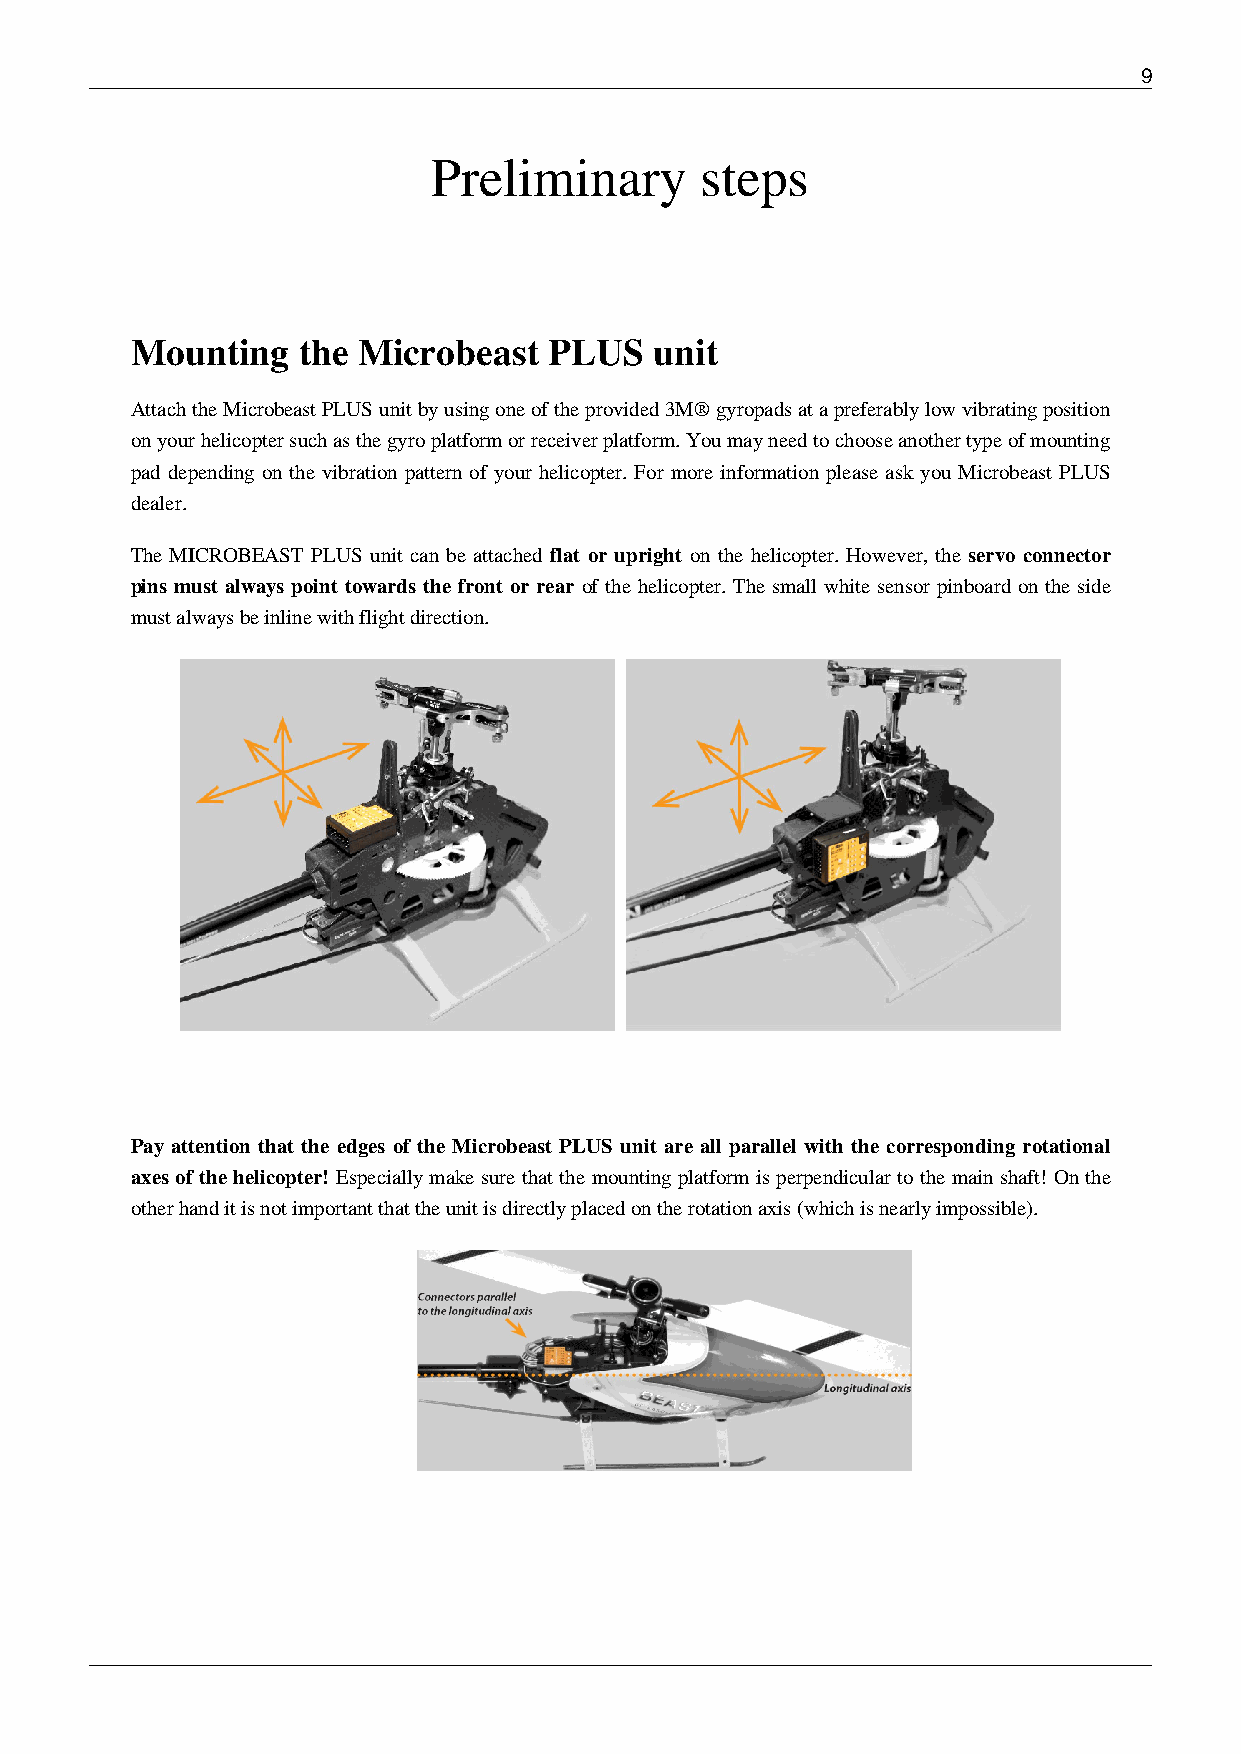
9
 Preliminary      steps
 Mounting   the Microbeast  PLUS   unit
 Attach the Microbeast PLUS unit by using one of the provided 3M® gyropads at a preferably low vibrating position
 on your helicopter such as the gyro platform or receiver platform. You may need to choose another type of mounting
 pad depending on the vibration pattern of your helicopter. For more information please ask you Microbeast PLUS
 dealer.
 The MICROBEAST PLUS unit can be attached flat or upright on the helicopter. However, the servo connector
 pins must always point towards the front or rear of the helicopter. The small white sensor pinboard on the side
 must always be inline with flight direction.
 Pay attention that the edges of the Microbeast PLUS unit are all parallel with the corresponding rotational
 axes of the helicopter! Especially make sure that the mounting platform is perpendicular to the main shaft! On the
 other hand it is not important that the unit is directly placed on the rotation axis (which is nearly impossible).